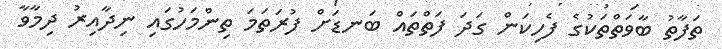
ތަފާތު ބާވަތްތަކުގެ ފެހިކަން ގަދަ ފަތްތައް ބަނޑަށް ފުރަތަމަ ތިންމަހުގައި ނިދާއިރު ދިމާވާ